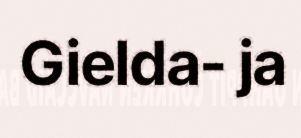
Gielda- ja